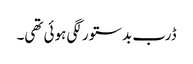
ڈرب بدستور لگی ہوئی تھی۔